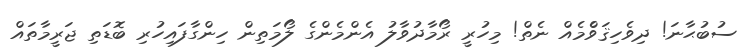
ސުބުޙާނަ! ދިވެހިޤަވްެމެއް ނެތް! މިހުރީ ރޯމާދުވާލު އެންމެންގެ ލޯމަތިން ހިންގާފައިހުރި ބޮޑަތި ޖަރީމާތައް